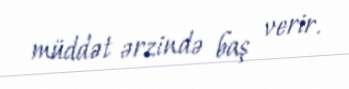
müddət ərzində baş verir.